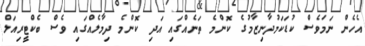
އެހެން ނަމަވެސް ކުޑަކަމުދާނިޒާމުގެ ކޮންމެ ތަނެއްގައި އަދި ކޮންމެ ދިމާލެއްގައި ވެސް ބެކްޓީރިއަލް